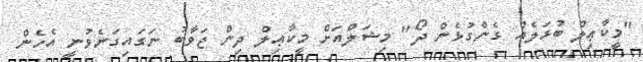
"މީކާޢިލް ބުޅަލެއް ގެންގުޅެން ދޯ" މިޝަލްއަށް މީކާޢިލް ދިން ޖަވާބު ނަގައިގަނެވުނީ އެހެން